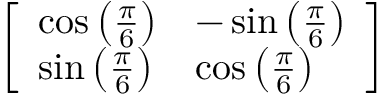
\left[ \begin{array} { l l } { \cos \left( { \frac { \pi } { 6 } } \right) } & { - \sin \left( { \frac { \pi } { 6 } } \right) } \\ { \sin \left( { \frac { \pi } { 6 } } \right) } & { \cos \left( { \frac { \pi } { 6 } } \right) } \end{array} \right]